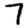
Digit: 7